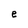
Character: e